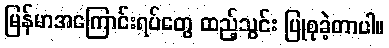
မြန်မာအကြောင်းရပ်တွေ ထည့်သွင်း ပြုစုခဲ့တာပါ။